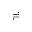
\risingdotseq